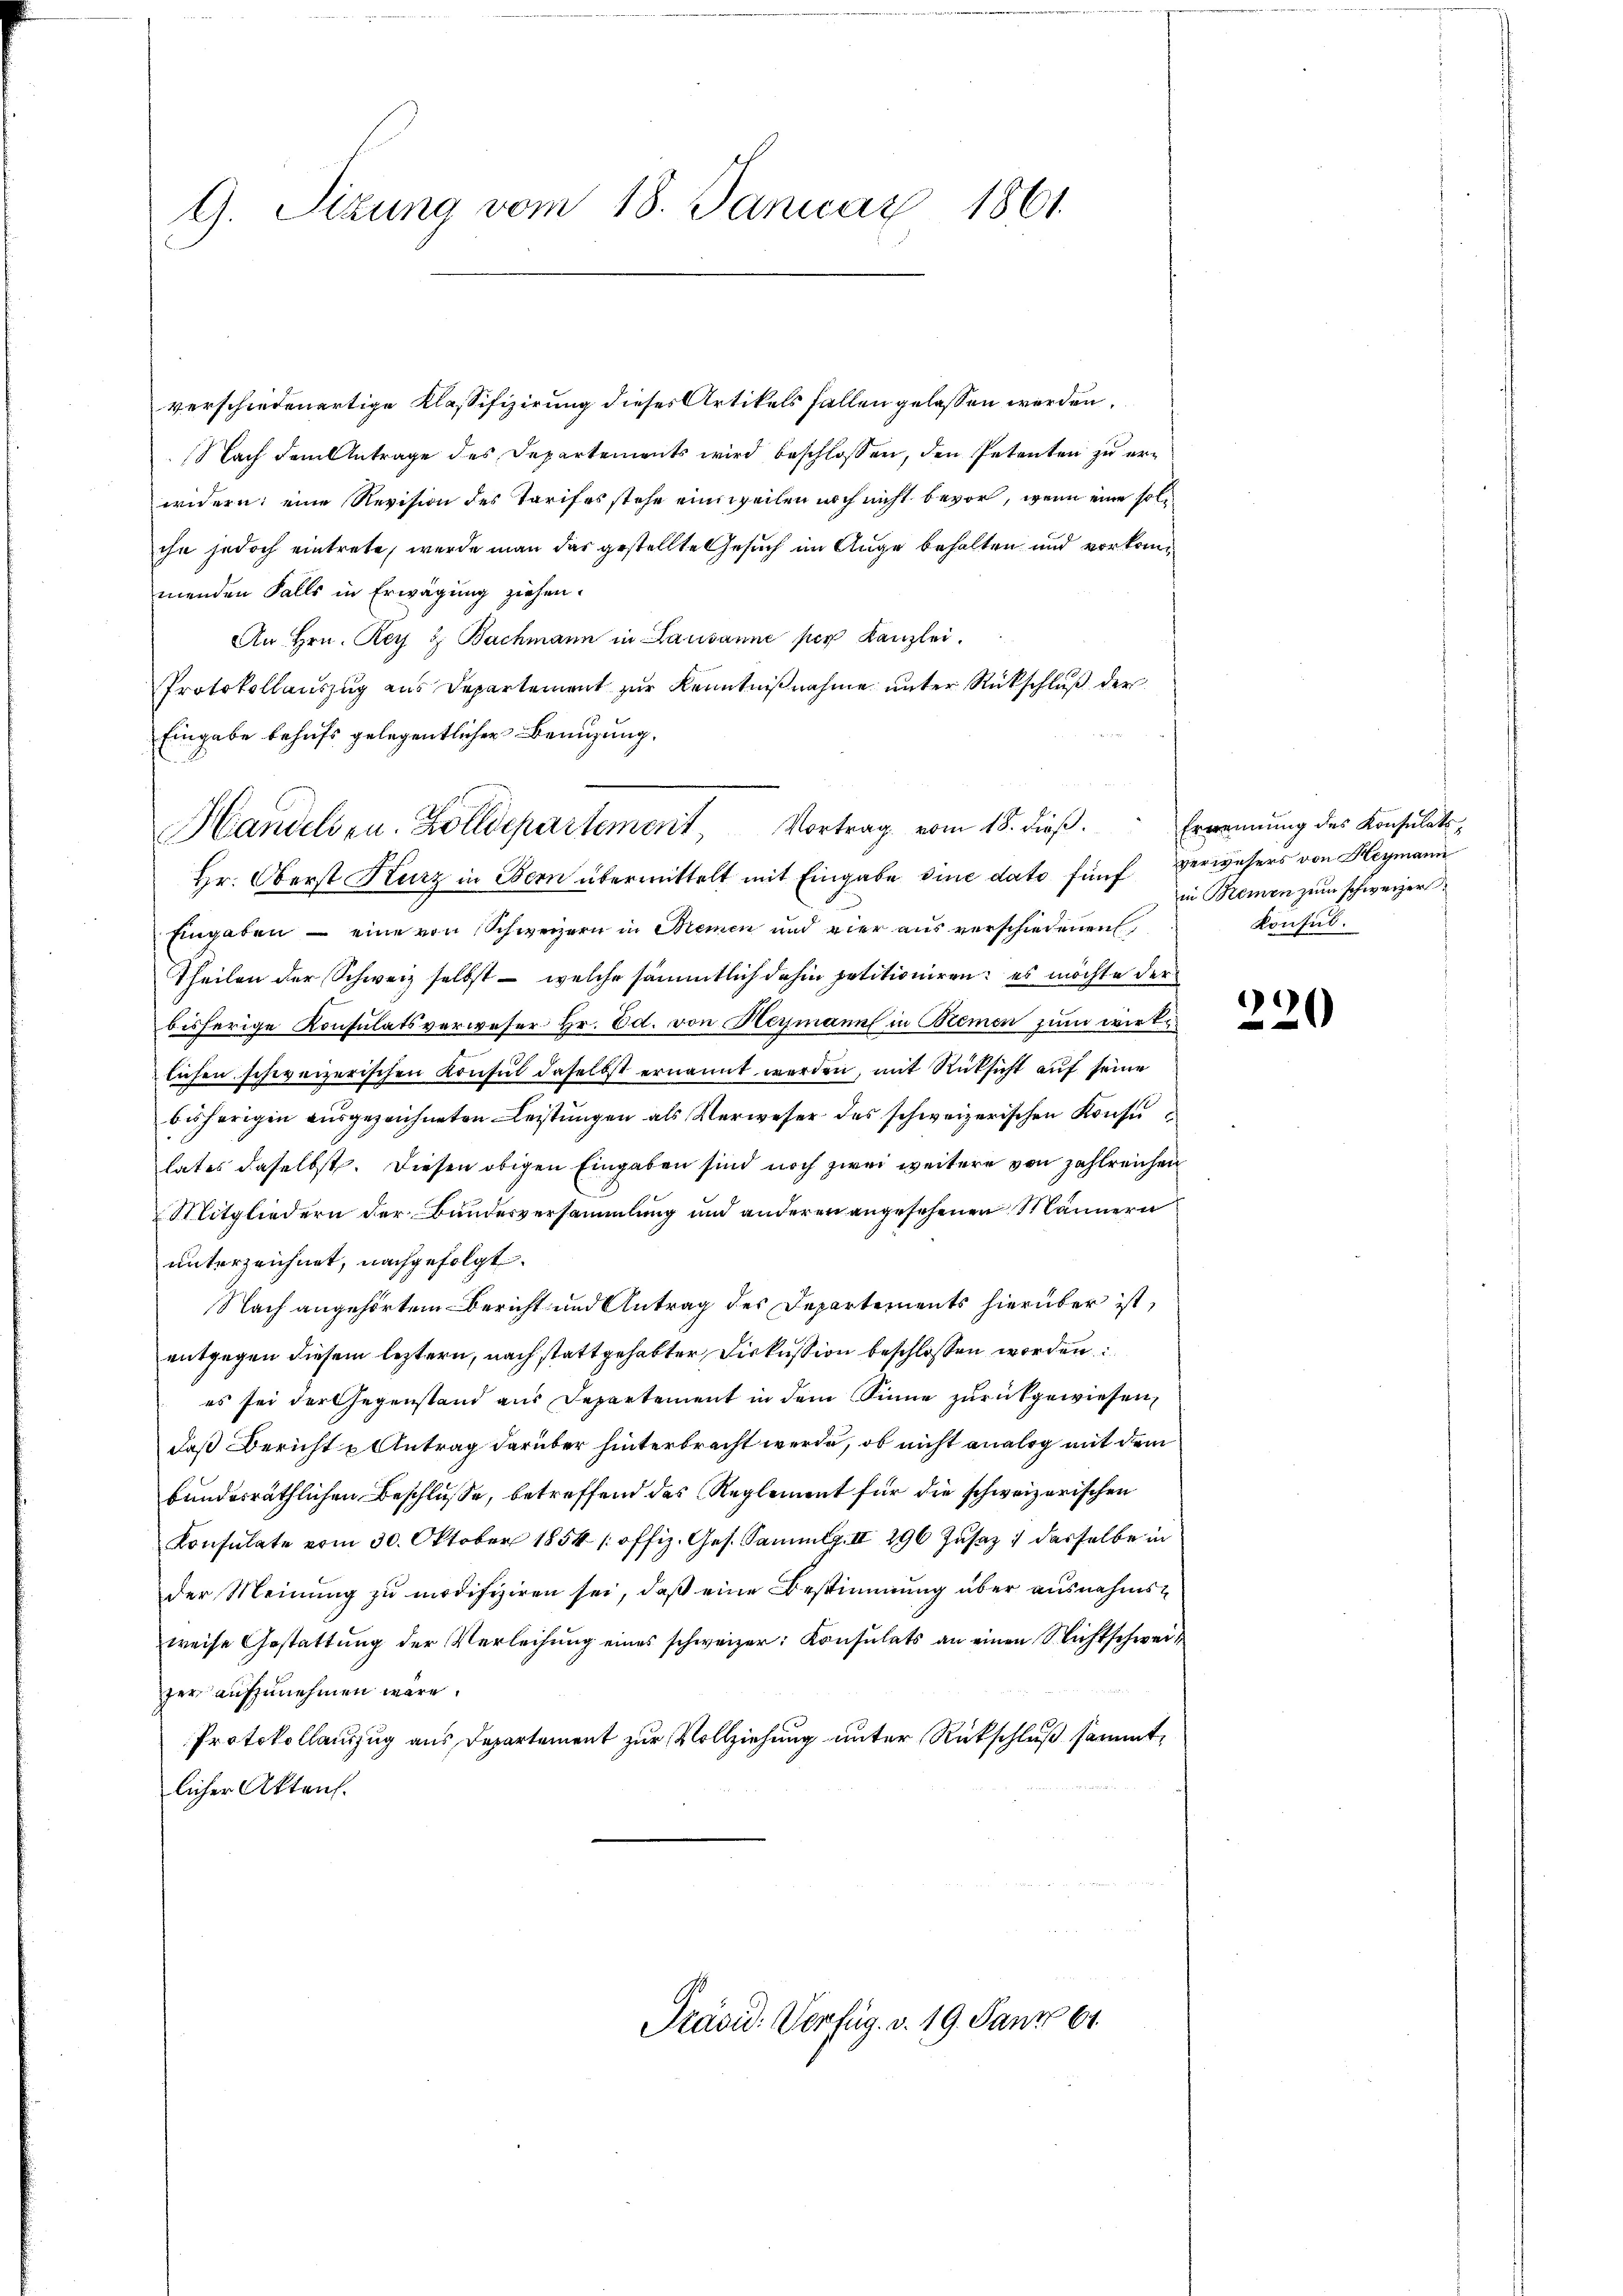
G. Sizung vom 18. Januar 1861.

verschiedenertige Klassifizierung dieses Artikels fallen gelassen werden.
Nach dem Antrage des Departements wird beschlossen, den Petenten zu erwidern: eine Revision des Tarifes stehe einsweilen noch nicht bevor, wenn eine solihn jedoch eintrete, werde man das gestellte Gesuch im Auge behalten und vorkommenden Falls in Erwägung ziehen.
An Hrn. Rey & Bachmann in Lausanne per Kanzlei.
Protokollauszug aus Departement zur Kenntnißnahme unter Rückschluß der
Eingabe behufs gelegentlicher Benutzung.
Hr. Oberst Kurz in Bern übermittelt mit Eingabe eine dato fünf verwesers von Heymann
Eingaben – eine von Schweizern in Bremen und vier aus verschiedenen
Theilen der Schweiz selbst - welche sämmtlich dahin petitioniren: es möchte der
bisherige Konsulatsverweser Hr. Ed. von Heymann in Remen zum wirklichen schweizerischen Konsul daselbst ernannt werden, mit Rücksicht auf seine
bisherigen ausgezeichneten Leistungen als Verweser des schweizerischen Konsu
lates daselbst. Diesen obigen Eingaben sind noch zwei weitere von zahlreichen
Mitgliedern der Bundesversammlung und anderen angesehenen Männern
unterzeichnet, nachgefolgt.
Nach angehörtem Bericht und Antrag des Departements hierüber ist,
entgegen diesem leztern, nach stattgehabter Diskussion beschlossen worden:
es sei der Gegenstand aus Departement in dem Sinne zurückgewiesen,
daß Bericht u Antrag darüber hinterbracht werde, ob nicht analog mit dem
bundesräthlichen Beschlüsse, betreffend das Reglement für die schweizerischen
Konsulate vom 30. Oktober 1854 / offiz. Ges. Sammlg. II 296 Jusaz 1 dasselbe in
der Meinung zu modifiziren sei, daß eine Bestimmung über ausnahmsweise Gestattung der Verleihung eines schweizer: Konsulats an einen Nichtschweizer aufzunehmen wäre.
Protokollauszug aus Departement zur Vollziehung unter Rückschluß sammt,
licher Akten.

Handelsen. Zolldepartement, Vortrag vom 18. dieß.

Präsid. Verfüg. v. 19. Janr 61

Erkennung des Konsulats,
in Meinen zum schweizer
Konsul

220